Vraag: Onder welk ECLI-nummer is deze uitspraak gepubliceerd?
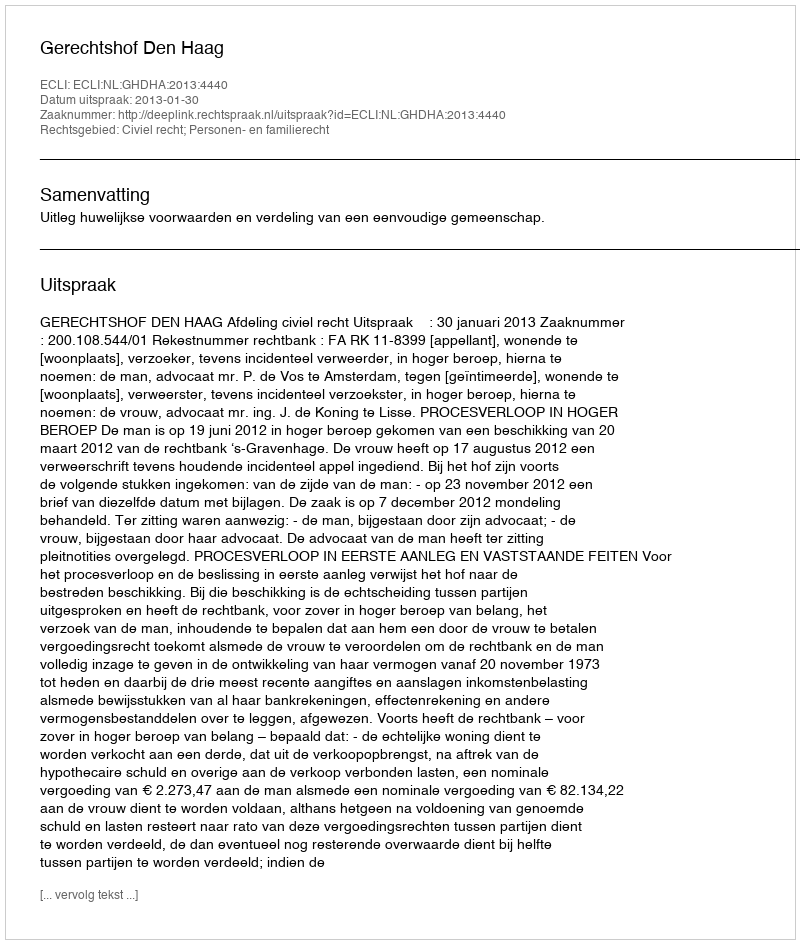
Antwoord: ECLI:NL:GHDHA:2013:4440